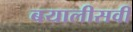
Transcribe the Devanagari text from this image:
बयालीसवीं